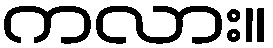
ကလား။